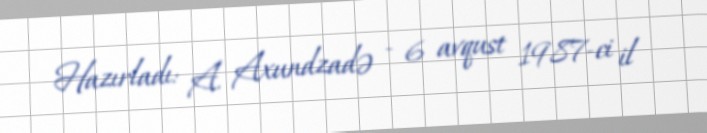
Hazırladı: A. Axundzadə - 6 avqust 1987-ci il